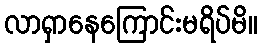
လာရှာနေကြောင်းမရိပ်မိ။